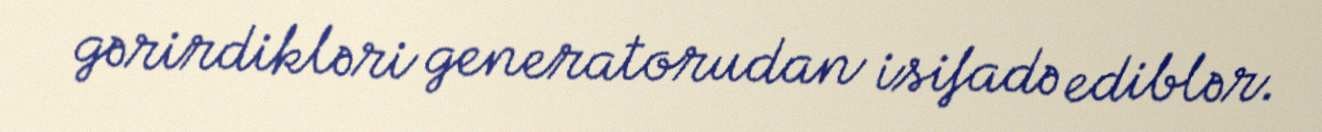
gərirdikləri generatorudan isifadə ediblər.